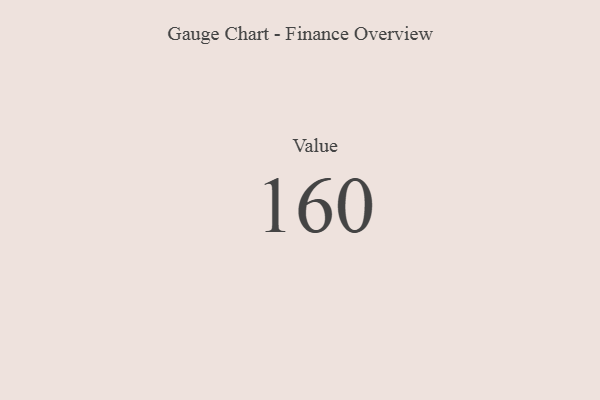
{"axis": {"x": "Metric", "y": "Value"}, "legend": [""], "data": [{"x": "Value", "y": 160, "type": ""}]}